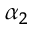
\alpha _ { 2 }